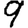
Digit: 9